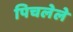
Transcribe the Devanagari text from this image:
पिचलेले